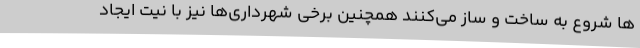
ها شروع به ساخت و ساز می‌کنند همچنین برخی شهرداری‌ها نیز با نیت ایجاد